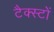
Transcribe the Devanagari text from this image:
टैक्स्टों